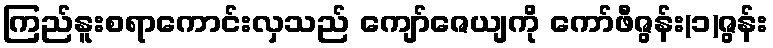
ကြည်နူးစရာကောင်းလှသည် ကျော်ဇေယျကို ကော်ဖီဇွန်း(၁)ဇွန်း